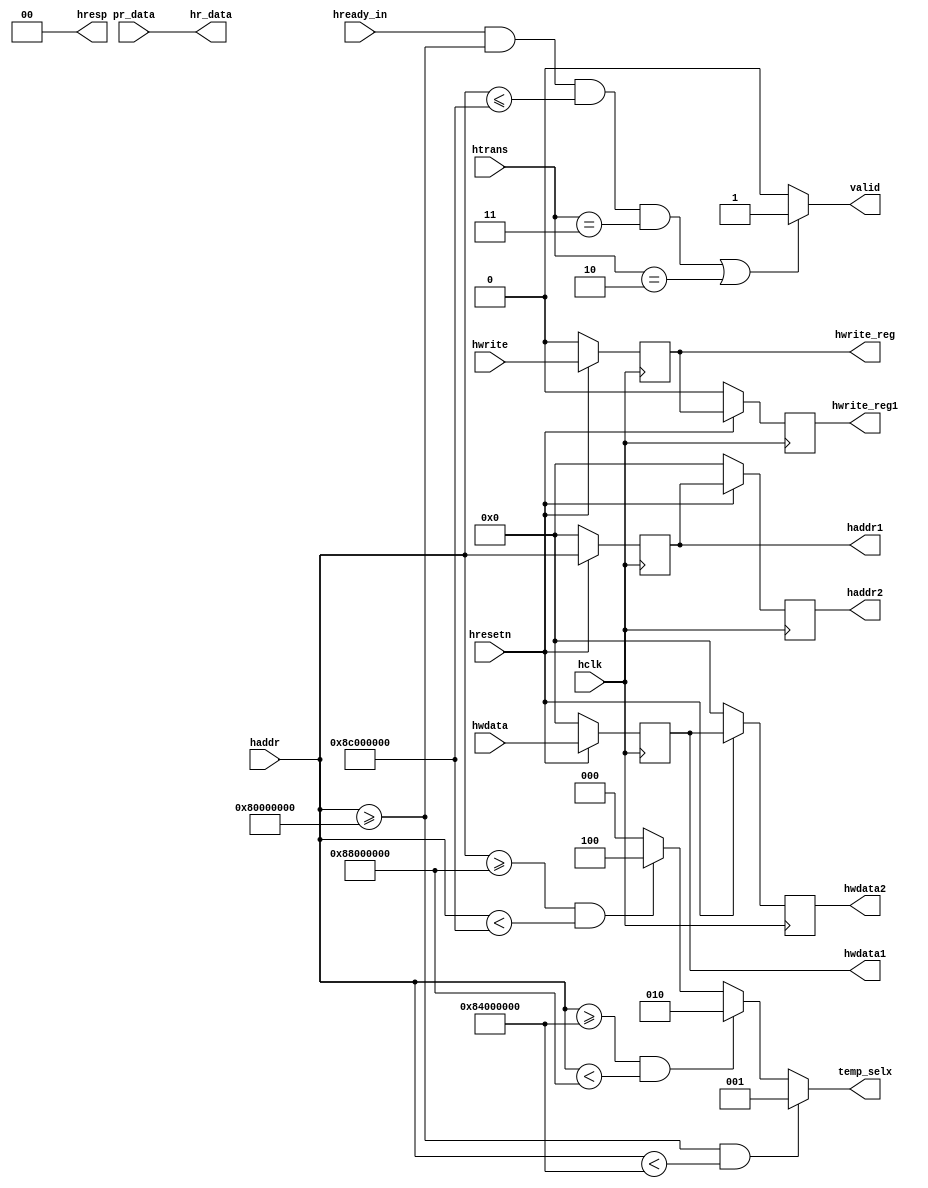

/*functionalities of this block are below  
-->pipeline logic of haddr,hwdata and hwrite (hwrite_reg,hwrite_reg_1)
-->valid
-->Temp_selx*/

module ahb_slave_interface(input hclk,hresetn,hwrite,hready_in,
input [1:0] htrans, input [31:0] hwdata,haddr,pr_data,
output reg hwrite_reg,hwrite_reg1,valid,
output [1:0] hresp,
output reg [31:0] hwdata1, hwdata2, haddr1, haddr2,
output [31:0] hr_data,
output reg [2:0] temp_selx);


always@(posedge hclk)
begin
if(!hresetn)
 begin
 haddr1<=0;
 haddr2<=0;
 end
else
 begin
 haddr1<=haddr;
 haddr2<=haddr1;
 end
end

always@(posedge hclk)
begin
if(!hresetn)
 begin
 hwdata1<=0;
 hwdata2<=0;
 end
else
 begin
 hwdata1<=hwdata;
 hwdata2<=hwdata1;
 end
end

always@(posedge hclk)
begin
if(!hresetn)
 begin
 hwrite_reg<=0;
 hwrite_reg1<=0;
 end
else
 begin
 hwrite_reg<=hwrite;
 hwrite_reg1<=hwrite_reg;
 end
end

/*2.conditions for valid=1 
1.hready_in==1, if and only if transaction is ready to takes place
2. haddr>=32'h8000_0000 && haddr<=32'h8c00_0000
for htran idle and busy are not fit for the transaction to be happen
so
3.htrans==2'b11 or 2'b10
*/

always@(*)
begin 
if(hready_in==1 && haddr>=32'h8000_0000 && haddr<=32'h8c00_0000 && htrans==2'b11 || htrans==2'b10)
  begin
  valid=1'b1;
  end
else
 begin
 valid=1'b0;
 end
end

/*3.peripheral mapping
temp_selx selects the appropriate peripheral (where temp_selx was like a enable signal a/c to the address mapping)*/
always@(*)
begin
if(haddr>=32'h8000_0000 && haddr<32'h8400_0000)
temp_selx=3'b001;
else if(haddr>=32'h8400_0000 && haddr<32'h8800_0000)
temp_selx=3'b010;
else if(haddr>=32'h8800_0000 && haddr<32'h8c00_0000)
temp_selx=3'b100;
else
temp_selx=3'b000;
end

assign hr_data=pr_data;
assign hresp=0;
endmodule